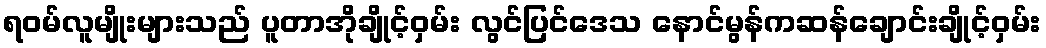
ရဝမ်လူမျိုးများသည် ပူတာအိုချိုင့်ဝှမ်း လွင်ပြင်ဒေသ နောင်မွန်ကဆန်ချောင်းချိုင့်ဝှမ်း